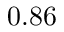
0 . 8 6